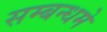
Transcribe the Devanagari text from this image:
सम्बन्धमे